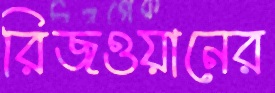
রিজওয়ানের